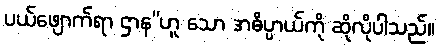
ပယ်ဖျောက်ရာ ဌာန”ဟူ သော အဓိပ္ပာယ်ကို ဆိုလိုပါသည်။